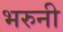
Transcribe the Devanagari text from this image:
भरुनी